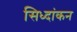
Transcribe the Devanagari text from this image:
सिध्दांकन